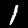
Digit: 1